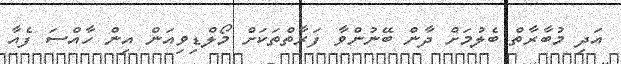
އަދި މުބާރާތް ބެލުމަށް ދާން ބޭނުންވާ ފަރާތްތަކަށް މޯލްޑިވިއަން އިން ހާއްސަ ފެއާ